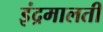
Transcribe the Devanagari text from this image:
इंद्रमालती